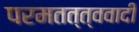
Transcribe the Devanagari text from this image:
परमतत्त्ववादी